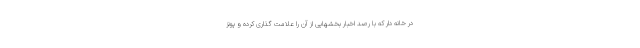
در خانه دار که با رصد اخبار بخشهایی از آن را علامت گذاری کرده و پونز